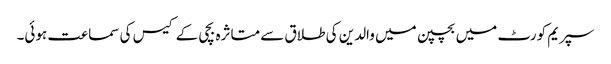
سپریم کورٹ میں بچپن میں والدین کی طلاق سے متاثرہ بچی کے کیس کی سماعت ہوئی۔